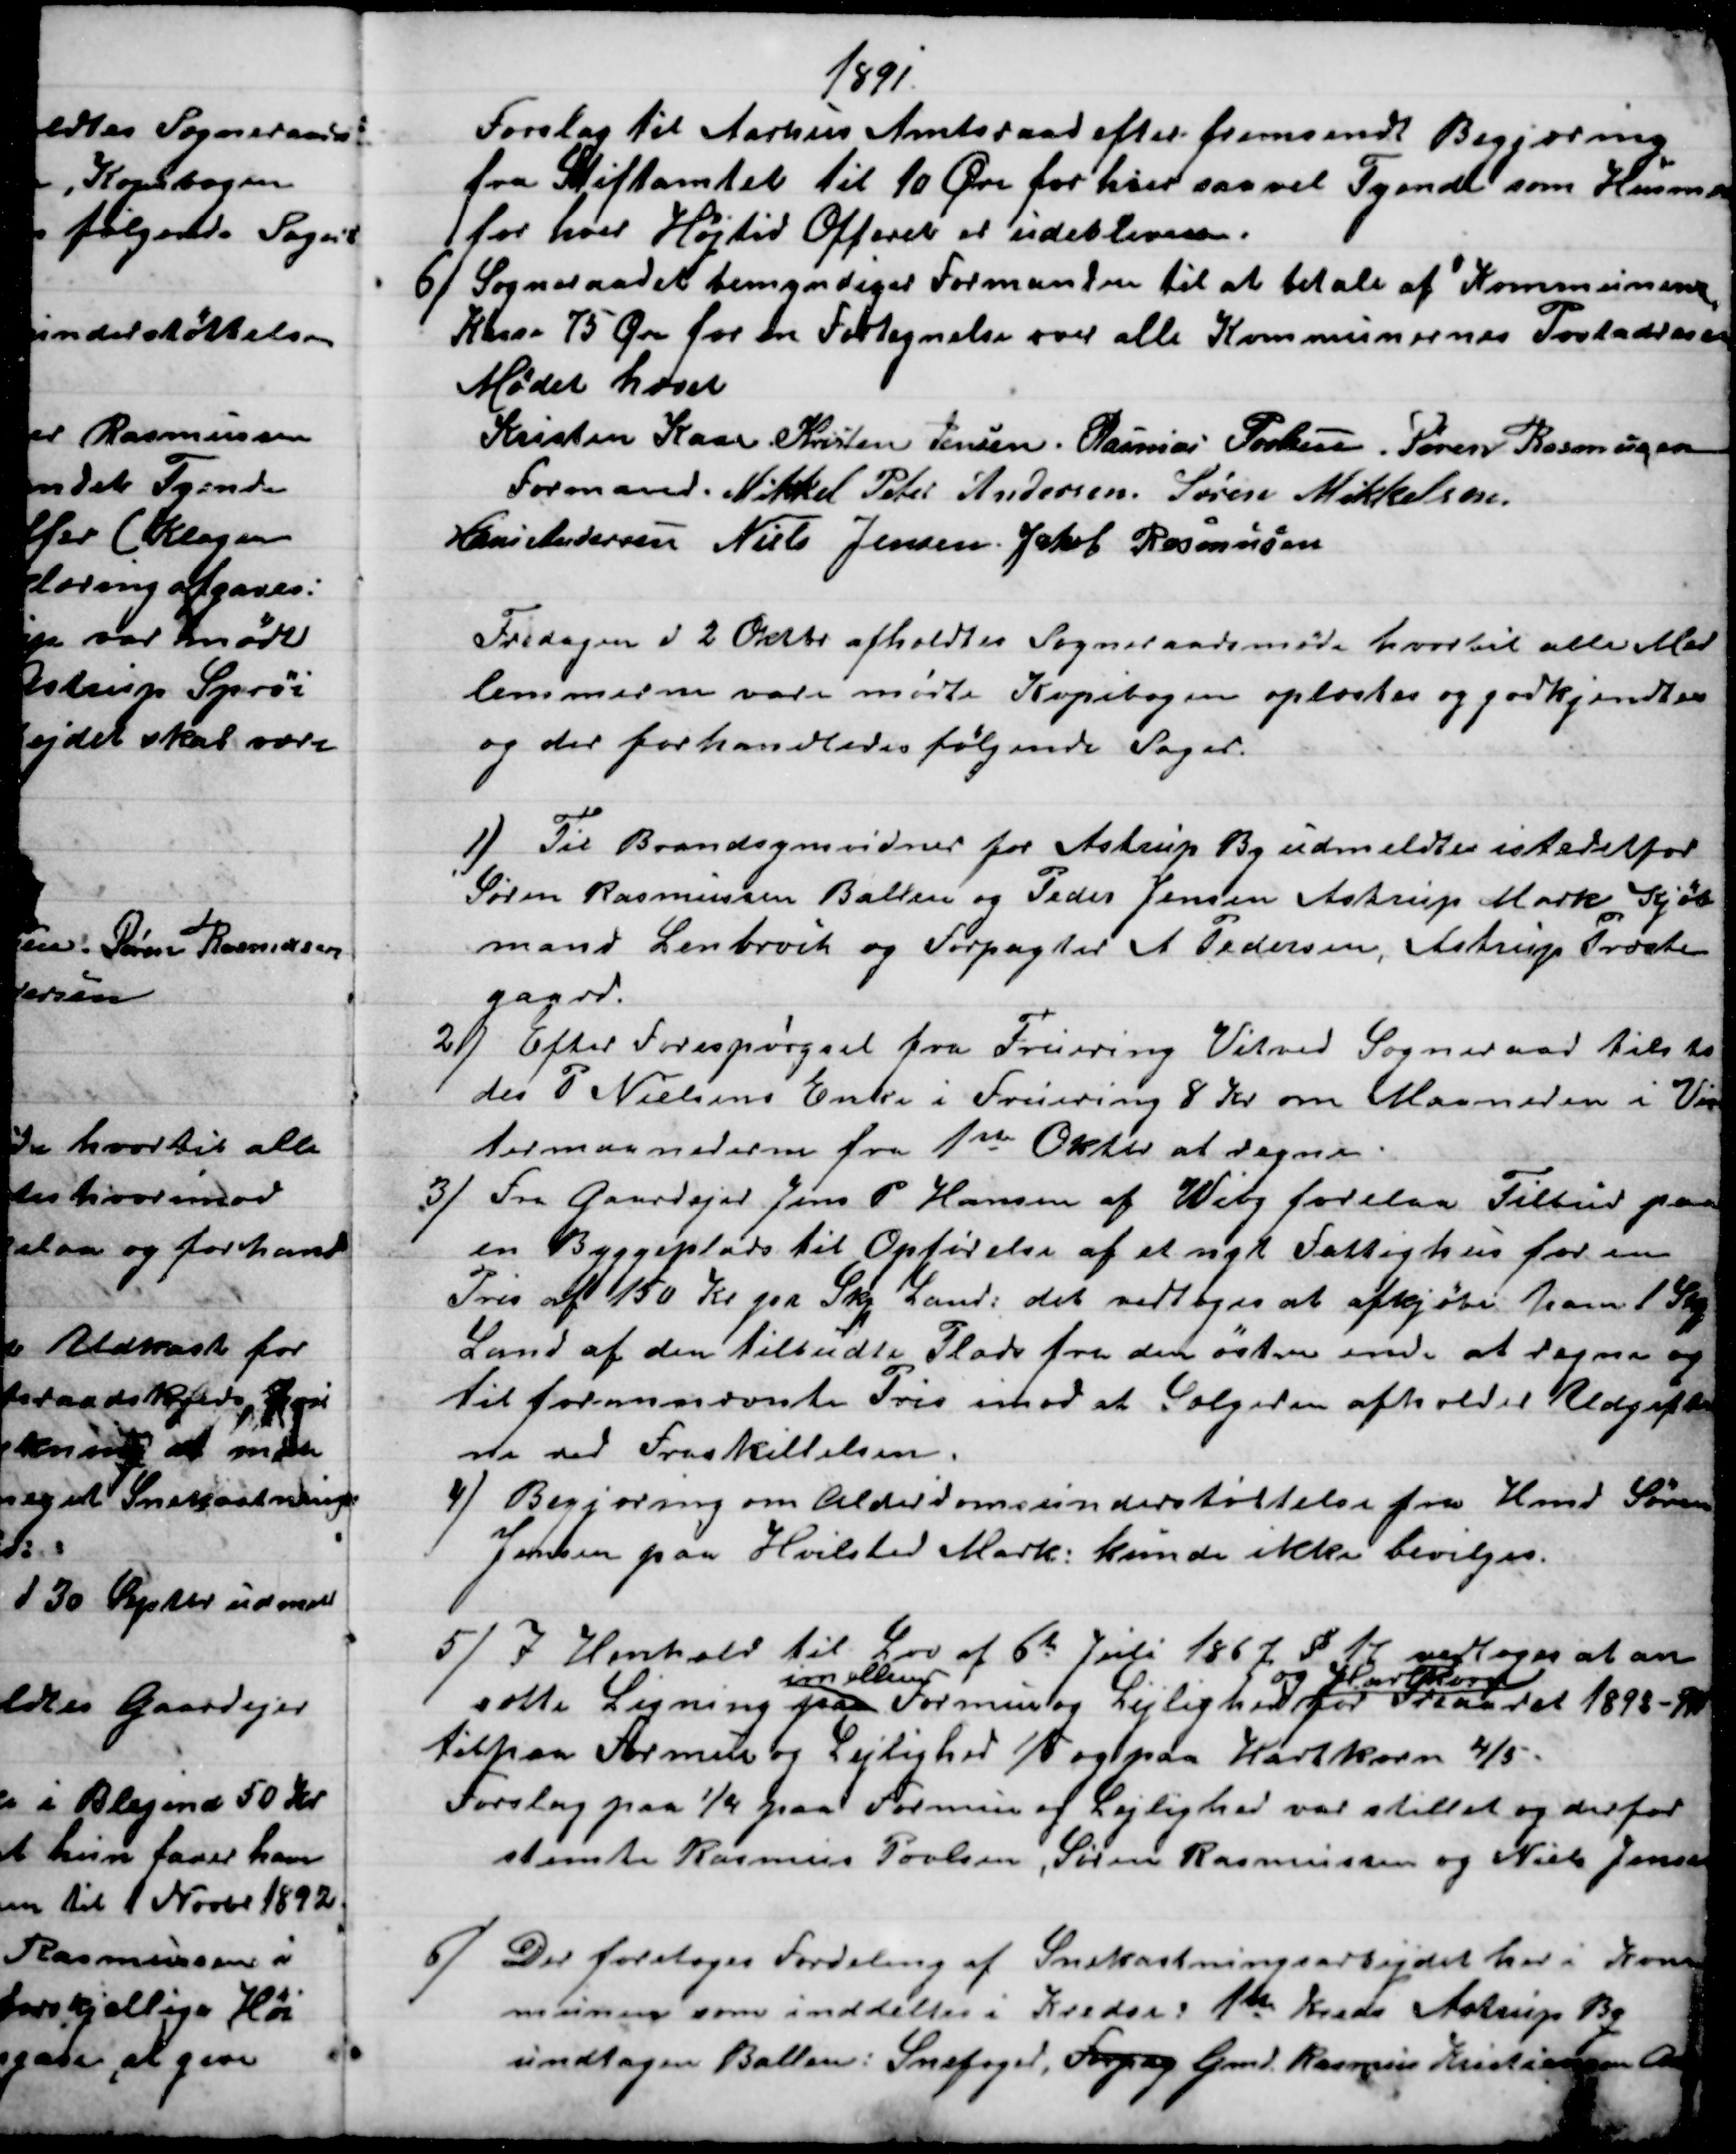
Transskription:
1891.
Forslag til Aarhus Amtsraad efter fremsendt Begjæring
fra Stiftamtet til 10 Øre for hver saavel Tyende som Husmand
for hver Højtid Offeret er udebleven.
6) 
Sogneraadet bemyndiger Formanden til at betale af Kommunens
Kasse 75 Øre for en Fortegnelse over alle Kommunernes Postadresser
Mødet hævet
Kristen Kaae. 
Formand.
Kristen Jensen. Rasmus Povlsen. Søren Rasmussen
Mikkel Peter Andersen. Søren Mikkelsen.
Hans Andersen Niels Jensen. Jakob Rasmussen
Fredagen d 2 Oktbr afholdtes Sogneraadsmøde hvortil alle Med
lemmerne vare mødte Kopibogen oplæstes og godkjendtes
og der forhandledes følgende Sager.
1) 
Til Brandsynsvidner for Astrup By udmeldtes istedetfor
Søren Rasmussen Ballen og Peder Jensen Astrup Mark, Kjøb
mand Lenbroch og Forpagter A Pedersen, Astrup Præste
gaard.
2) 
Efter Forespørgsel fra Fruering Vitved Sogneraad tilsto
des P Nielsens Enke i Fruering 8 Kr om Maaneden i Vin
termaanederne fra 1ste Oktbr at regne.
3)
Fra Gaardejer Jens P Hansen af Wiby forelaa Tilbud paa
en Byggeplads til Opførelse af et nyt Fattighus for en
Pris af 150 Kr pr Skp Land, det vedtoges at afkjøbe ham 1 Skp
Land af den tilbudte Plads fra den østre ende at regne og
til forannævnte Pris imod at Sælgeren afholder Udgifter
ne ved Fraskillelsen.
4) 
Begjæring om Alderdomsunderstøttelse fra Hmd Søren
Jensen paa Hvilsted Mark: kunde ikke bevilges.
5) 
 I Henhold til Lov af 6te Juli 1867 § 11 vedtoges at an
sætte Ligning paa 
imellem
Formue og Lejlighed 
og Hartkorn
for Treaaret 1892-94
tilpaa Formue og Lejlighed 1/5 og paa Hartkorn 4/5.
Forslag paa ¼ paa Formue og Lejlighed var stillet og derfor
stemte Rasmus Povlsen, Søren Rasmussen og Niels Jensen
6)
Der foretoges Fordeling af Snekastningsarbejdet her i Kom
munen som inddeltes i Kredse: 1ste Kreds Astrup By
undtagen Ballen: Snefoged, Forpag  Gmd. Rasmus Kristiansen Astrup